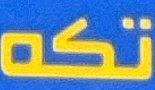
تكە